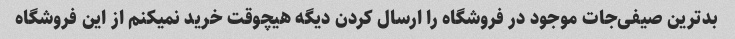
بدترین صیفی‌جات موجود در فروشگاه را ارسال کردن دیگه هیچوقت خرید نمیکنم از این فروشگاه